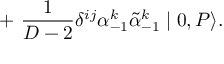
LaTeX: + ~ { \frac { 1 } { D - 2 } } { \delta } ^ { i j } { \alpha } _ { - 1 } ^ { k } \tilde { \alpha } _ { - 1 } ^ { k } \mid 0 , P \rangle .